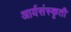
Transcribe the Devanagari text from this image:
आर्यसंस्कृती